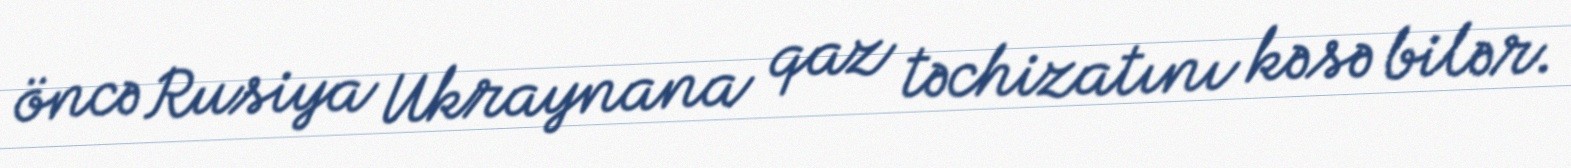
öncə Rusiya Ukraynana qaz təchizatını kəsə bilər.